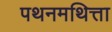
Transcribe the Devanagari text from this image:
पथनमथित्ता